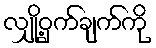
လျှို့ဝှက်ချက်ကို